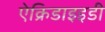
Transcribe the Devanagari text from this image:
ऐक्रिडाइइडी